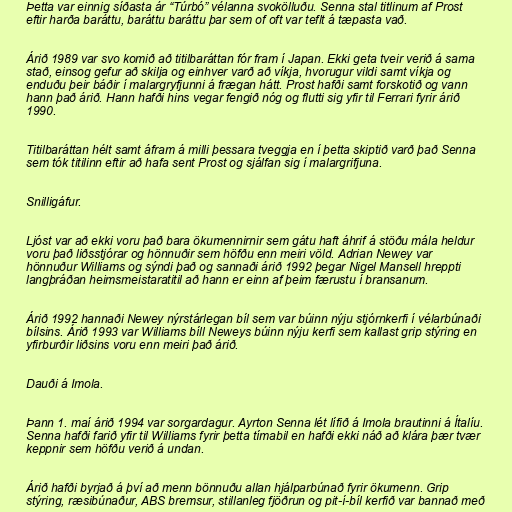
Þetta var einnig síðasta ár “Túrbó” vélanna svokölluðu. Senna stal titlinum af Prost
eftir harða baráttu, baráttu baráttu þar sem of oft var teflt á tæpasta vað.

Árið 1989 var svo komið að titilbaráttan fór fram í Japan. Ekki geta tveir verið á sama
stað, einsog gefur að skilja og einhver varð að víkja, hvorugur vildi samt víkja og
enduðu þeir báðir í malargryfjunni á frægan hátt. Prost hafði samt forskotið og vann
hann það árið. Hann hafði hins vegar fengið nóg og flutti sig yfir til Ferrari fyrir árið
1990.

Titilbaráttan hélt samt áfram á milli þessara tveggja en í þetta skiptið varð það Senna
sem tók titilinn eftir að hafa sent Prost og sjálfan sig í malargrifjuna.

Snilligáfur.

Ljóst var að ekki voru það bara ökumennirnir sem gátu haft áhrif á stöðu mála heldur
voru það liðsstjórar og hönnuðir sem höfðu enn meiri völd. Adrian Newey var
hönnuður Williams og sýndi það og sannaði árið 1992 þegar Nigel Mansell hreppti
langþráðan heimsmeistaratitil að hann er einn af þeim færustu í bransanum.

Árið 1992 hannaði Newey nýrstárlegan bíl sem var búinn nýju stjórnkerfi í vélarbúnaði
bílsins. Árið 1993 var Williams bíll Neweys búinn nýju kerfi sem kallast grip stýring en
yfirburðir liðsins voru enn meiri það árið.

Dauði á Imola.

Þann 1. maí árið 1994 var sorgardagur. Ayrton Senna lét lífið á Imola brautinni á Ítalíu.
Senna hafði farið yfir til Williams fyrir þetta tímabil en hafði ekki náð að klára þær tvær
keppnir sem höfðu verið á undan.

Árið hafði byrjað á því að menn bönnuðu allan hjálparbúnað fyrir ökumenn. Grip
stýring, ræsibúnaður, ABS bremsur, stillanleg fjöðrun og pit-í-bíl kerfið var bannað með